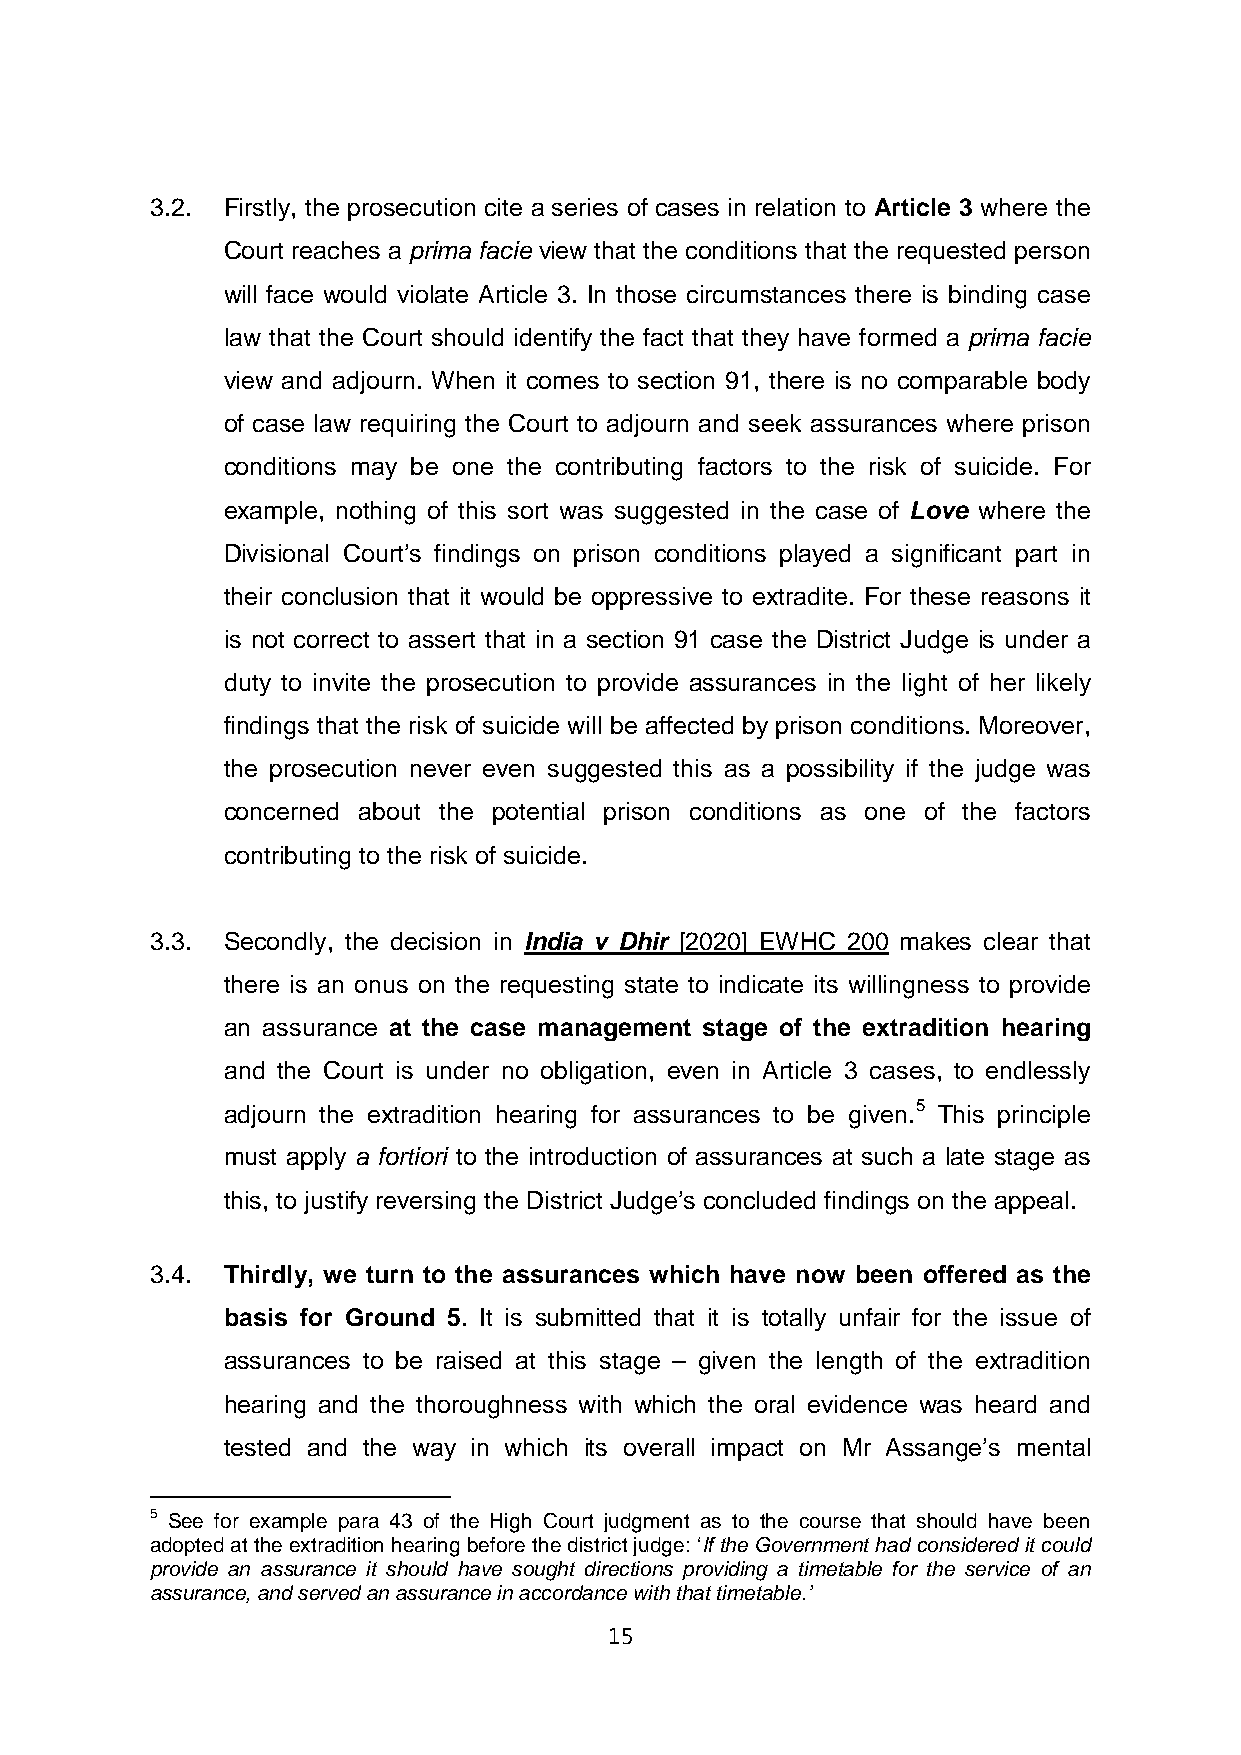
3.2. Firstly, the prosecution cite a series of cases in relation to Article 3 where the
 Court reaches a prima facie view that the conditions that the requested person
 will face would violate Article 3. In those circumstances there is binding case
 law that the Court should identify the fact that they have formed a prima facie
 view and adjourn. When it comes to section 91, there is no comparable body
 of case law requiring the Court to adjourn and seek assurances where prison
 conditions may be one the contributing factors to the risk of suicide. For
 example, nothing of this sort was suggested in the case of Love where the
 Divisional Court’s findings on prison conditions played a significant part in
 their conclusion that it would be oppressive to extradite. For these reasons it
 is not correct to assert that in a section 91 case the District Judge is under a
 duty to invite the prosecution to provide assurances in the light of her likely
 findings that the risk of suicide will be affected by prison conditions. Moreover,
 the prosecution never even suggested this as a possibility if the judge was
 concerned about the potential prison conditions as one of the factors
 contributing to the risk of suicide.
 3.3. Secondly, the decision in India v Dhir [2020] EWHC 200 makes clear that
 there is an onus on the requesting state to indicate its willingness to provide
 an assurance at the case management stage of the extradition hearing
 and the Court is under no obligation, even in Article 3 cases, to endlessly
 adjourn the extradition hearing for assurances to be given.5 This principle
 must apply a fortiori to the introduction of assurances at such a late stage as
 this, to justify reversing the District Judge’s concluded findings on the appeal.
 3.4. Thirdly, we turn to the assurances which have now been offered as the
 basis for Ground 5. It is submitted that it is totally unfair for the issue of
 assurances to be raised at this stage – given the length of the extradition
 hearing and the thoroughness with which the oral evidence was heard and
 tested and the way in which its overall impact on Mr Assange’s mental
 5 See for example para 43 of the High Court judgment as to the course that should have been
 adopted at the extradition hearing before the district judge: ‘If the Government had considered it could
 provide an assurance it should have sought directions providing a timetable for the service of an
 assurance, and served an assurance in accordance with that timetable.’
 15